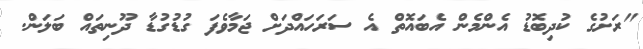
"ރަށުގެ ކުދިބޮޑު އެންމެން އެބައޮތް އެ ސަރަހައްދަށް ޖަމާވެފަ ގުޑުގުޑާ ދޫނިތައް ބަލަން.